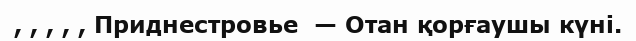
, , , , , Приднестровье  — Отан қорғаушы күні.